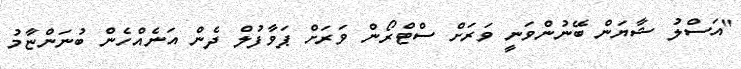
"އަސްލު ޝާޔަން ބޭނުންވަނީ ވަރަށް ސްޓްރޯން ވަރަށް ޕަވާފުލް ދެން އަނެއްހެން ބުނަންޏާމު